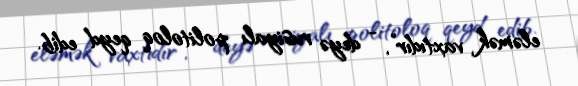
eləmək vaxtıdır”, - deyə rusiyalı politoloq qeyd edib.